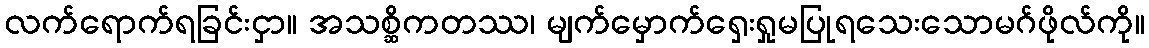
လက်ရောက်ရခြင်းငှာ။ အသစ္ဆိကတဿ၊ မျက်မှောက်ရှေးရှုမပြုရသေးသောမဂ်ဖိုလ်ကို။